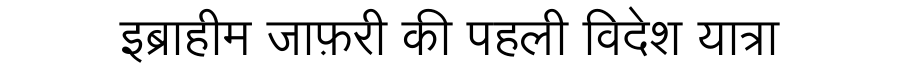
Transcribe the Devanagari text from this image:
इब्राहीम जाफ़री की पहली विदेश यात्रा